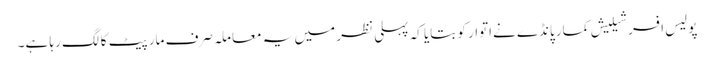
پولیس افسر شیلیش کمار پانڈے نےاتوار کو بتایا کہ پہلی نظر میں یہ معاملہ صرف مار پیٹ کا لگ رہا ہے۔